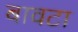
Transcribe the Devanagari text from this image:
बावटा